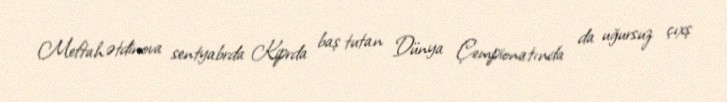
Meftahətdinova sentyabrda Kiprda baş tutan Dünya Çempionatında da uğursuz çıxş